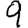
Digit: 9